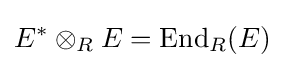
E^{*}\otimes _{R}E=\operatorname {End} _{R}(E)